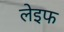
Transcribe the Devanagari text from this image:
लेइफ